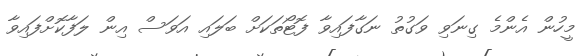
މީހުން އެންމެ ގިނަވި ވަގުތު ނަގާފައިވާ ފޮޓޯތަކަށް ބަލައި އަވަސް އިން ލަފާކޮށްފައިވާ